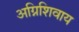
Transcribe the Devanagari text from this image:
अग्निशिवाय